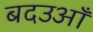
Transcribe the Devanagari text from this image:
बदउआँ